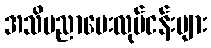
အသိပညာပေးလုပ်ငန်းများ